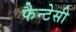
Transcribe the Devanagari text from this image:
फैन्टेसी